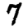
Digit: 7